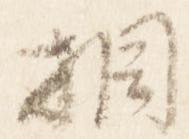
相